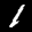
Label: 1